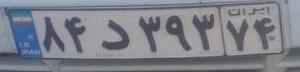
۸۴د۳۹۳۷۴